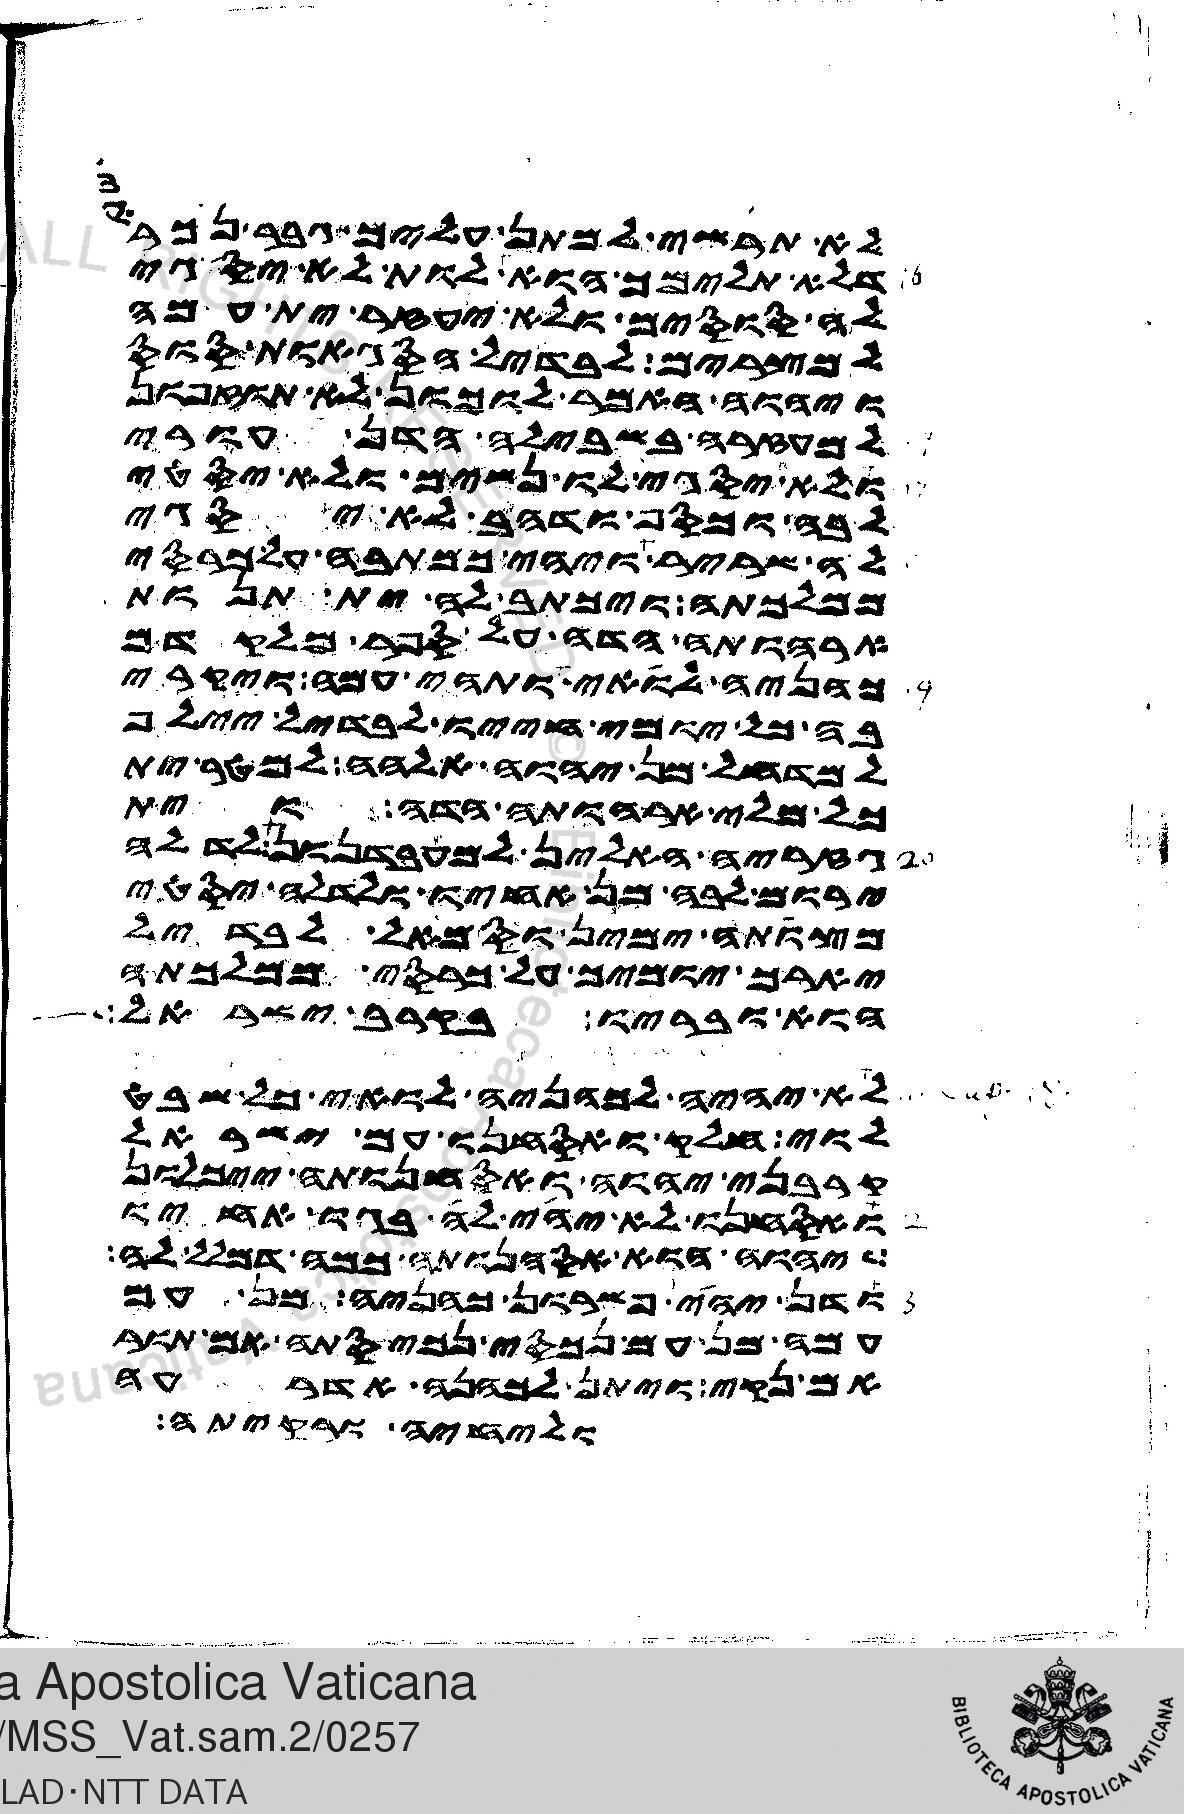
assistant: לא תרשי למתן עליך גבר נכראי
דלא תלימך הוא לות לא יסגי
לה סוסים ולא יעזר ית עמה
למצרים לבדיל הסגאות סוס
ויהוה האמר לוכון לא תוזפון
למעזרה בשבילה הדן עורי
ולא יסגי לוה נשים ולא יסטי
לבה וכסף ודהב לא יסגי
לה שריר ויהי כמתבה על כרסי
ממלכתה ויכתב לה ית תנות
ארהותה הדה על ספר מלקדם
כהניה לואי ותהי עמה ויקרי
בה כל יומי חייו לבדיל יילף
למדחל מן יהוה אלהה למטר ית
כל מלי ארהותה הדה וית
גזריה האלין למעבדנון לדלה
ירום לבה מן אחיו ולדלה יסטי
מצותה ימין וסמאל לבדיל
יארך יומים על כרסי ממלכתה
הוא ובריו בקרב ישראל
לא יהיה לכהניה לואי כל שבט
לוי חלק ואסחנו עם ישראל
קרבני יהוה ואסחנותה ייכלון
ואסחנו לא יהי לה בגו אחיו
יהוה הוא אסהנותה כמה דמלל לה
ודן יהי פשרון כהניה מן עם
עמה מן עם נכסי נכיסתה אם תור
אם נקי ויתן לכהנה אדרעה
וליחיה ורקיתה